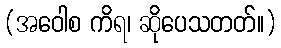
(အဝေါစ ကိရ၊ ဆိုပေသတတ်။)